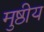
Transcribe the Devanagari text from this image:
मुष्ठीय